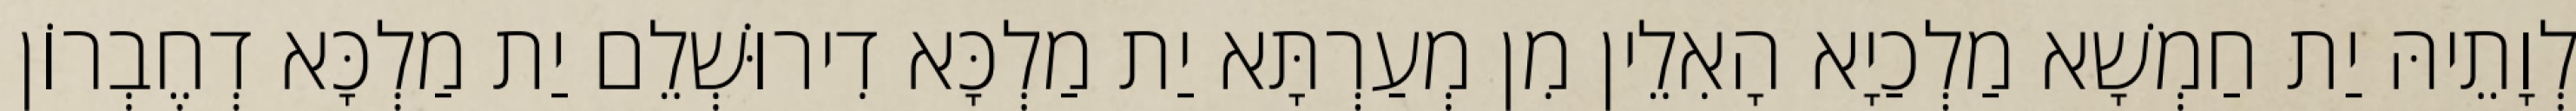
לְוָתֵיהּ יַת חַמְשָׁא מַלְכַיָא הָאִלֵין מִן מְעַרְתָּא יַת מַלְכָּא דִירוּשְׁלֵם יַת מַלְכָּא דְחֶבְרוֹן